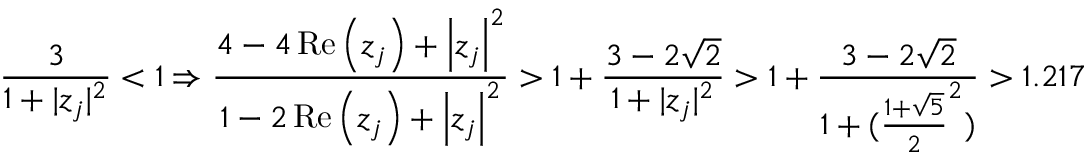
\frac { 3 } { 1 + | z _ { j } | ^ { 2 } } < 1 \Rightarrow \frac { 4 - 4 \operatorname { R e } \left( z _ { j } \right) + \left| z _ { j } \right| ^ { 2 } } { 1 - 2 \operatorname { R e } \left( z _ { j } \right) + \left| z _ { j } \right| ^ { 2 } } > 1 + \frac { 3 - 2 \sqrt { 2 } } { 1 + | z _ { j } | ^ { 2 } } > 1 + \frac { 3 - 2 \sqrt { 2 } } { 1 + ( \frac { 1 + \sqrt { 5 } } { 2 } ^ { 2 } ) } > 1 . 2 1 7